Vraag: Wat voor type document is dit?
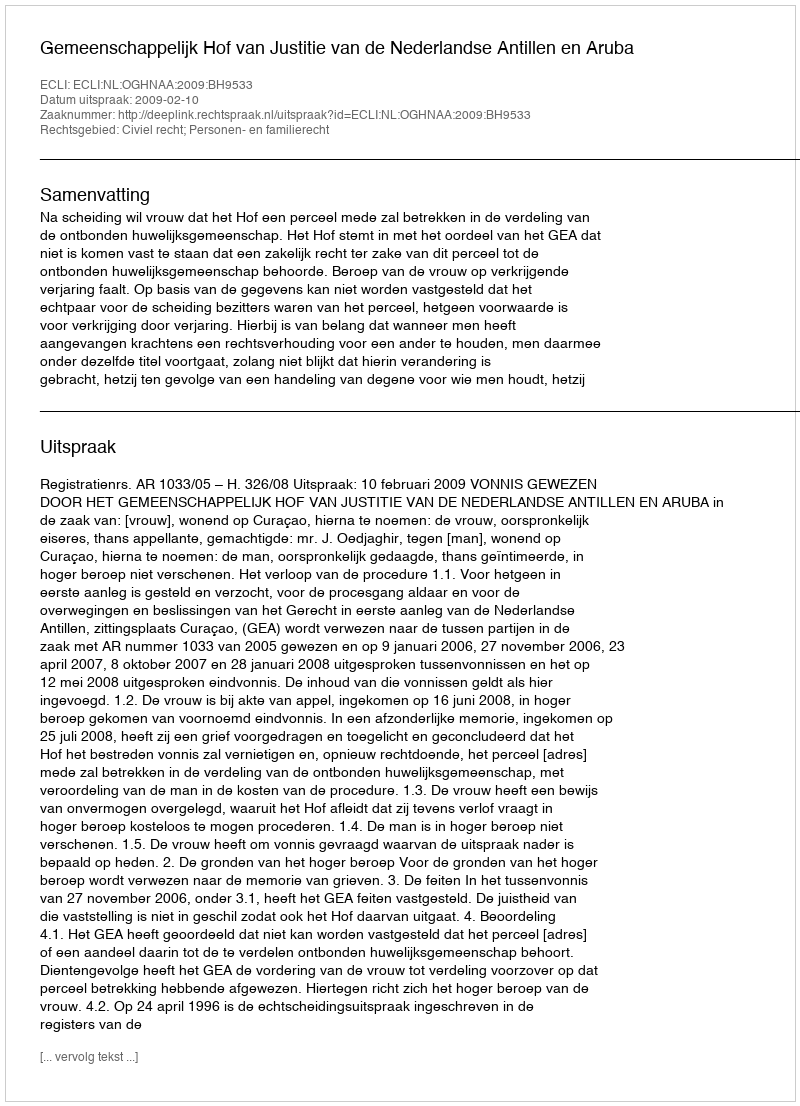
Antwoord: Uitspraak